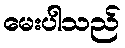
မေးပါသည်